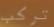
تركب